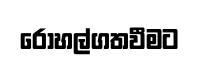
රෝහල්ගතවීමට